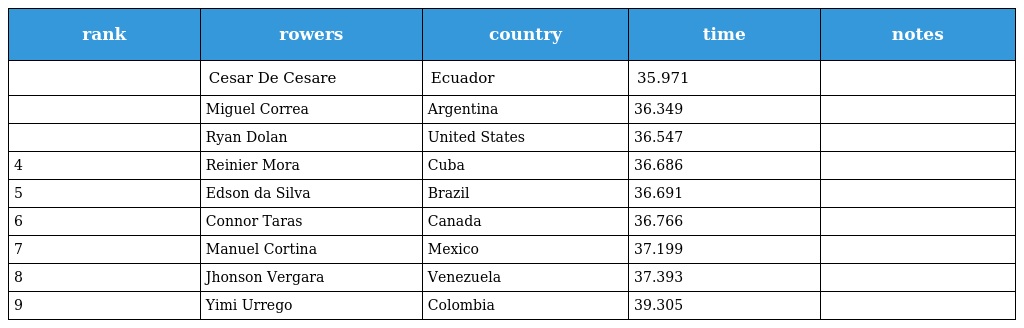
| rank | rowers | country | time | notes |
 | --- | --- | --- | --- | --- |
 |  | Cesar De Cesare | Ecuador | 35.971 |  |
 |  | Miguel Correa | Argentina | 36.349 |  |
 |  | Ryan Dolan | United States | 36.547 |  |
 | 4 | Reinier Mora | Cuba | 36.686 |  |
 | 5 | Edson da Silva | Brazil | 36.691 |  |
 | 6 | Connor Taras | Canada | 36.766 |  |
 | 7 | Manuel Cortina | Mexico | 37.199 |  |
 | 8 | Jhonson Vergara | Venezuela | 37.393 |  |
 | 9 | Yimi Urrego | Colombia | 39.305 |  |